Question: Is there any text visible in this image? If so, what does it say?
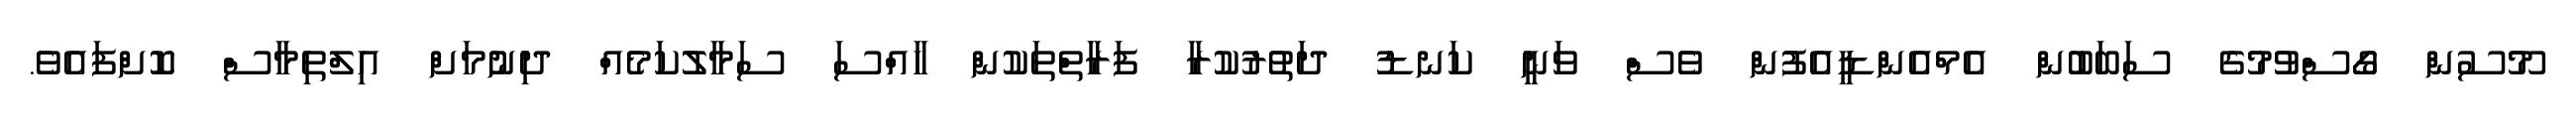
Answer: މޫސުން ގޯސްވުމުގެ ސަބަބުން އެމްއެންޑީއެފުން ވެސް ވަނީ ކަނޑު ދަތުރުކުރާ ފަރާތްތަކުން ހާއްސަ ސަމާލުކަމެއް ދިނުމަށް އިލްތިމާސް ކޮށްފައެވެ.